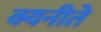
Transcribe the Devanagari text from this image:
क्यनीते